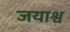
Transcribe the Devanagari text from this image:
जयाश्व